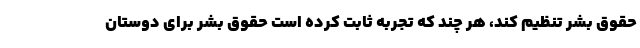
حقوق بشر تنظیم کند، هر چند که تجربه ثابت کرده است حقوق بشر برای دوستان